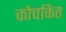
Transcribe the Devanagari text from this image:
कोचकित